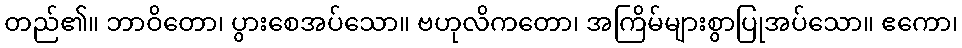
တည်၏။ ဘာဝိတော၊ ပွားစေအပ်သော။ ဗဟုလိကတော၊ အကြိမ်များစွာပြုအပ်သော။ ဧကော၊